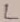
Text: L